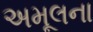
અમૂલના